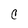
Character: c